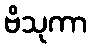
ဗိသုကာ